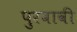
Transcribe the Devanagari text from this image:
पुरवावी